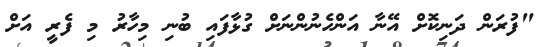
"ފުރަން ދަނިކޮށް އޭނާ އަންހެނުންނަށް ގުޅާފައި ބުނި މިހާރު މި ފެރީ އަށް